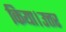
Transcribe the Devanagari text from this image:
किया।उत्तर